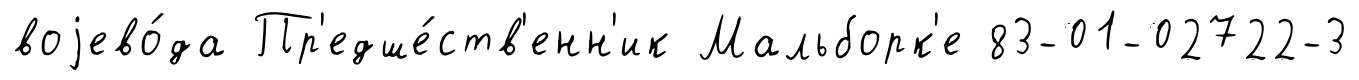
воjево́да Пр'едше́ств'енн'ик Мальборк'е 83-01-02722-3